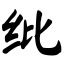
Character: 纰